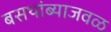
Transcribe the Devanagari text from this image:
बसथांब्याजवळ